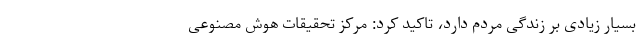
بسیار زیادی بر زندگی مردم دارد، تاکید کرد: مرکز تحقیقات هوش مصنوعی